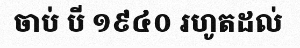
ចាប់ បី ១៩៤០ រហូតដល់